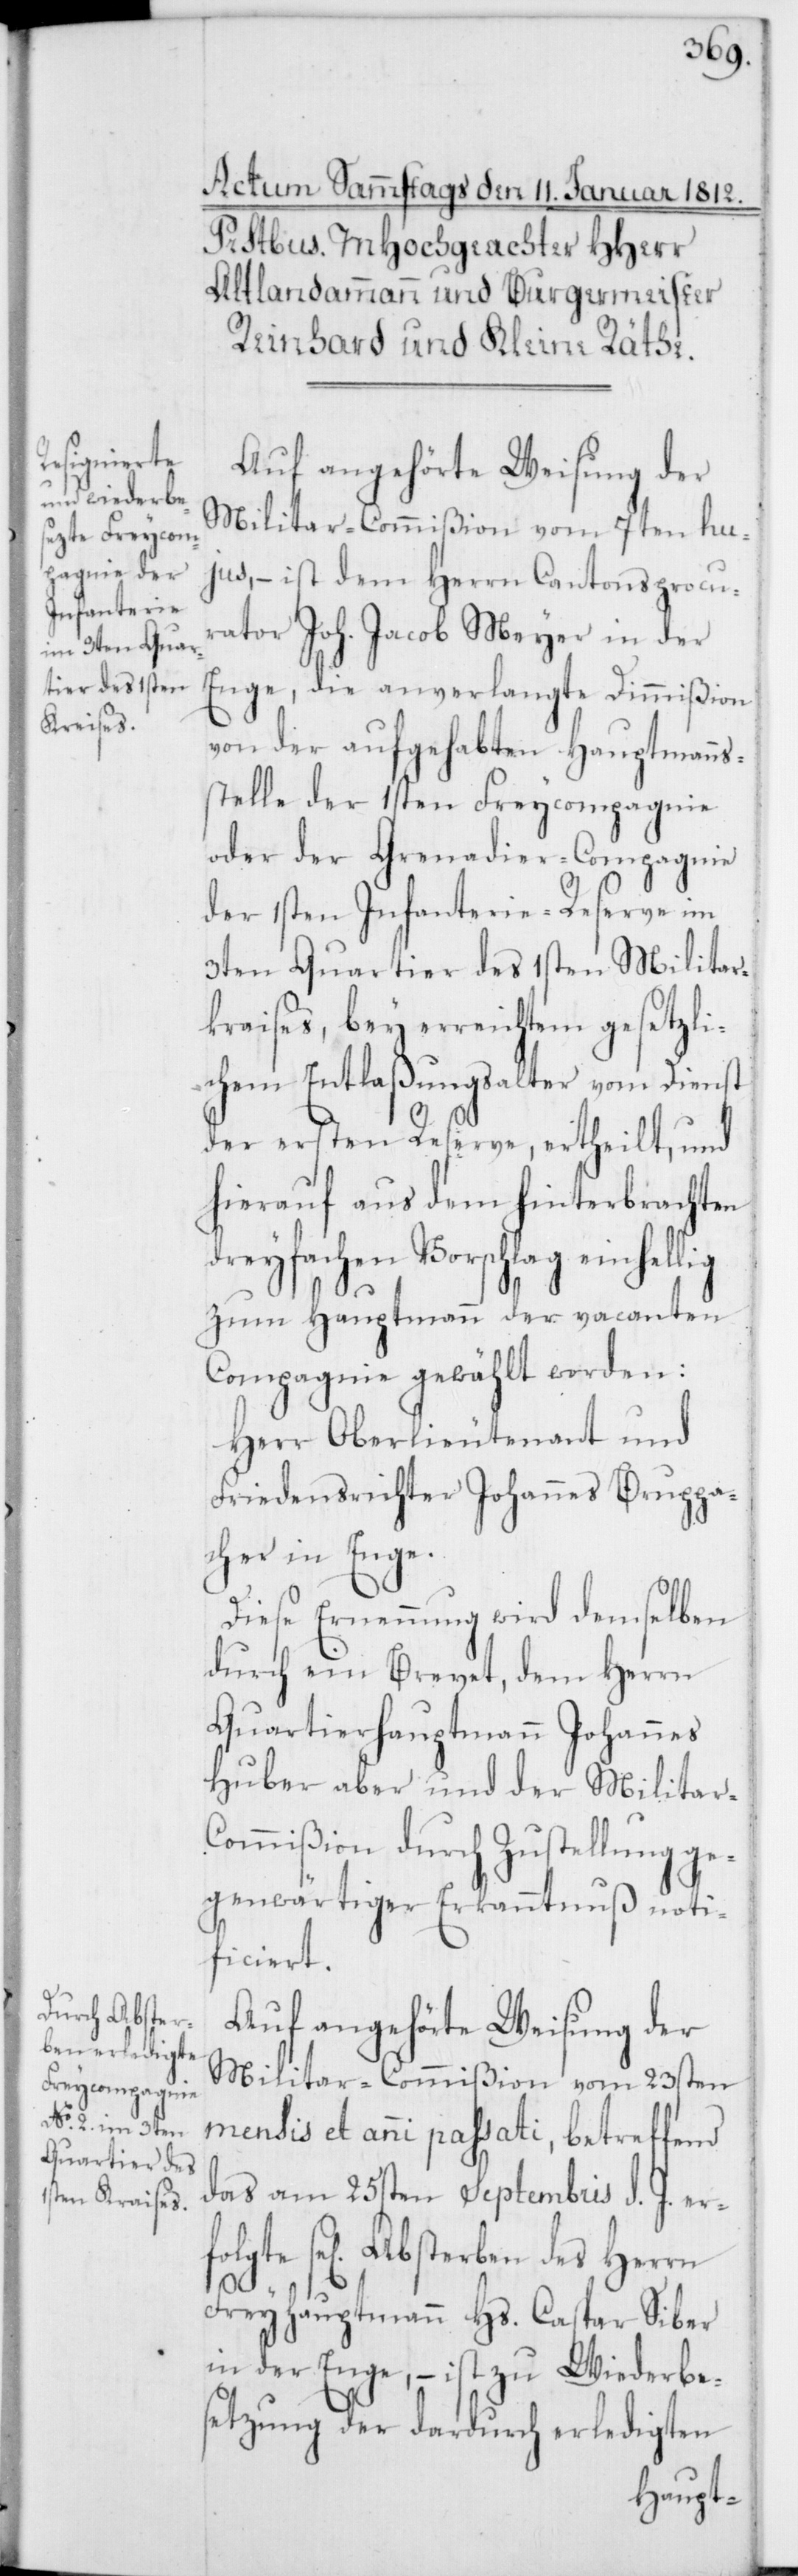
Auf angehörte Weisung der
Militar-Commißion vom 7ten hu¬
jus, – ist dem Herrn Cantonsprocu¬
rator Joh. Jacob Meyer in der
Enge, die anverlangte Dimmißion
von der aufgehabten Hauptmanns¬
stelle der 1sten Freycompagnie
oder der Grenadier-Compagnie
der 1sten Infanterie-Reserve im
3ten Quartier des 1sten Militar¬
kraises, bey erreichtem gesetzli¬
chem Entlaßungsalter vom Dienst
der ersten Reserve, ertheilt, und
hierauf aus dem hinterbrachten
dreyfachen Vorschlag einhellig
zum Hauptmann der vacanten
Compagnie gewählt worden:
Herr Oberlieutenant und
Friedensrichter Johannes Bruppa¬
cher in Enge.
Diese Ernennung wird demselben
durch ein Brevet, dem Herrn
Quartierhauptmann Johannes
Huber aber und der Militar-C¬
ommißion durch Zustellung ge¬
genwärtiger Erkanntnuß noti¬
ficiert.
Auf angehörte Weisung der
Militar-Commißion vom 23sten
mensis et anni passati, betreffend
das am 25sten Septembris d. J. er¬
se[lige] Absterben des Herrn
Freyhauptmann Hs. Caspar Siber
in der Enge, – ist zu Wiederbe¬
setzung der dardurch erledigten
folgte